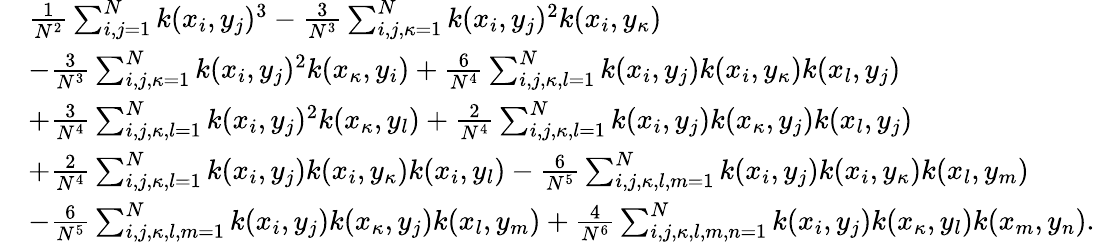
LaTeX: \begin{array}{rl}&{\frac{1}{N^{2}}\sum_{i,j=1}^{N}k(x_{i},y_{j})^{3}-\frac{3}{N^{3}}\sum_{i,j,\kappa=1}^{N}k(x_{i},y_{j})^{2}k(x_{i},y_{\kappa})}\\ &{-\frac{3}{N^{3}}\sum_{i,j,\kappa=1}^{N}k(x_{i},y_{j})^{2}k(x_{\kappa},y_{i})+\frac{6}{N^{4}}\sum_{i,j,\kappa,l=1}^{N}k(x_{i},y_{j})k(x_{i},y_{\kappa})k(x_{l},y_{j})}\\ &{+\frac{3}{N^{4}}\sum_{i,j,\kappa,l=1}^{N}k(x_{i},y_{j})^{2}k(x_{\kappa},y_{l})+\frac{2}{N^{4}}\sum_{i,j,\kappa,l=1}^{N}k(x_{i},y_{j})k(x_{\kappa},y_{j})k(x_{l},y_{j})}\\ &{+\frac{2}{N^{4}}\sum_{i,j,\kappa,l=1}^{N}k(x_{i},y_{j})k(x_{i},y_{\kappa})k(x_{i},y_{l})-\frac{6}{N^{5}}\sum_{i,j,\kappa,l,m=1}^{N}k(x_{i},y_{j})k(x_{i},y_{\kappa})k(x_{l},y_{m})}\\ &{-\frac{6}{N^{5}}\sum_{i,j,\kappa,l,m=1}^{N}k(x_{i},y_{j})k(x_{\kappa},y_{j})k(x_{l},y_{m})+\frac{4}{N^{6}}\sum_{i,j,\kappa,l,m,n=1}^{N}k(x_{i},y_{j})k(x_{\kappa},y_{l})k(x_{m},y_{n}).}\end{array}